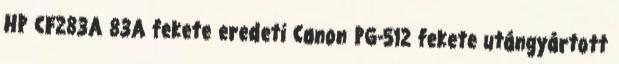
HP CF283A 83A fekete eredeti Canon PG-512 fekete utángyártott